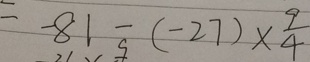
= - 8 1 - ( - 2 7 ) \times \frac { 9 } { 4 }